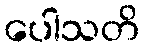
ပေါသတိ